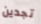
تجدين